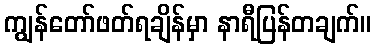
ကျွန်တော်ဖတ်ရချိန်မှာ နာရီပြန်တချက်။